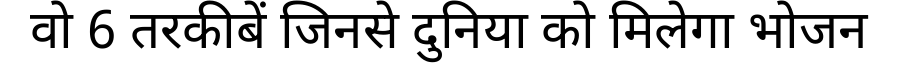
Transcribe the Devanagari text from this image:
वो 6 तरकीबें जिनसे दुनिया को मिलेगा भोजन